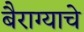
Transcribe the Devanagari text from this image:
बैराग्याचे